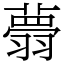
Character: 𦒃